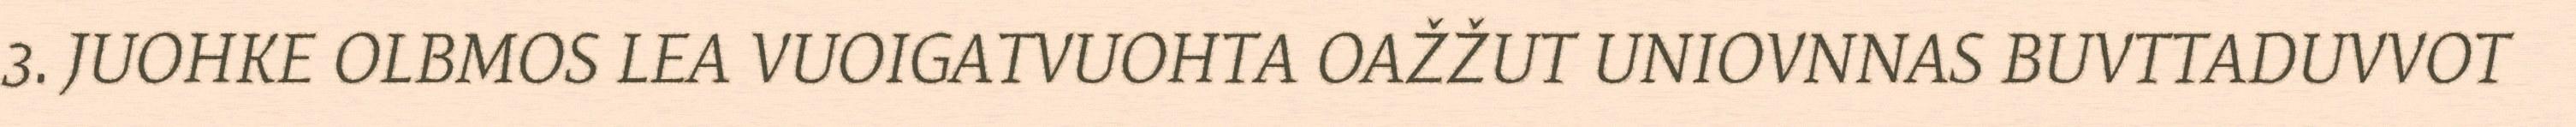
3. JUOHKE OLBMOS LEA VUOIGATVUOHTA OAŽŽUT UNIOVNNAS BUVTTADUVVOT